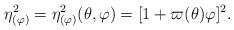
LaTeX: \begin{align*}\eta _{(\varphi )}^2=\eta _{(\varphi )}^2(\theta ,\varphi )=[1+\varpi(\theta )\varphi ]^2.\end{align*}